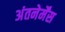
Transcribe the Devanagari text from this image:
अंतनेर्मेंस